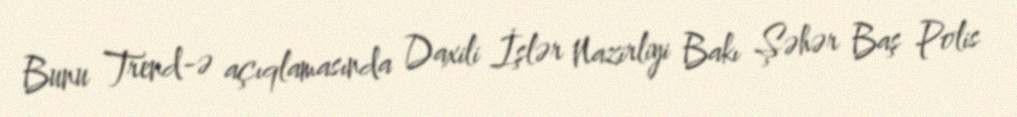
Bunu Trend-ə açıqlamasında Daxili İşlər Nazirliyi Bakı Şəhər Baş Polis